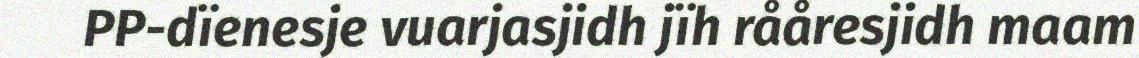
PP-dïenesje vuarjasjidh jïh rååresjidh maam